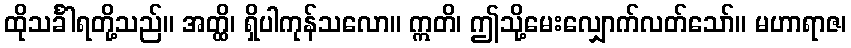
ထိုသင်္ခါရတို့သည်။ အတ္ထိ၊ ရှိပါကုန်သလော။ ဣတိ၊ ဤသို့မေးလျှောက်လတ်သော်။ မဟာရာဇ၊